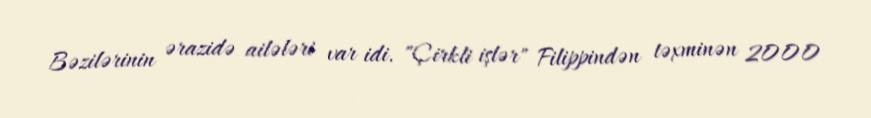
Bəzilərinin ərazidə ailələri var idi. "Çirkli işlər" Filippindən təxminən 2000